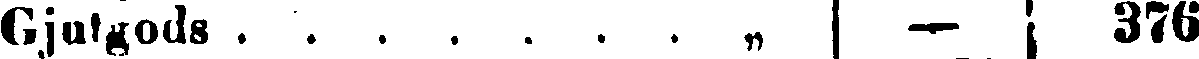
Gjutgods „ | — | 376